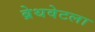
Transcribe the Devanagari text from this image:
ब्रेथवेटला